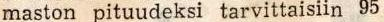
maston pituudeksi tarvittaisiin 95